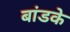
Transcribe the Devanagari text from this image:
बांडके